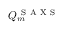
Q _ { m } ^ { \mathrm { ~ S ~ A ~ X ~ S ~ } }